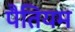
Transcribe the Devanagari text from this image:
पैतियम